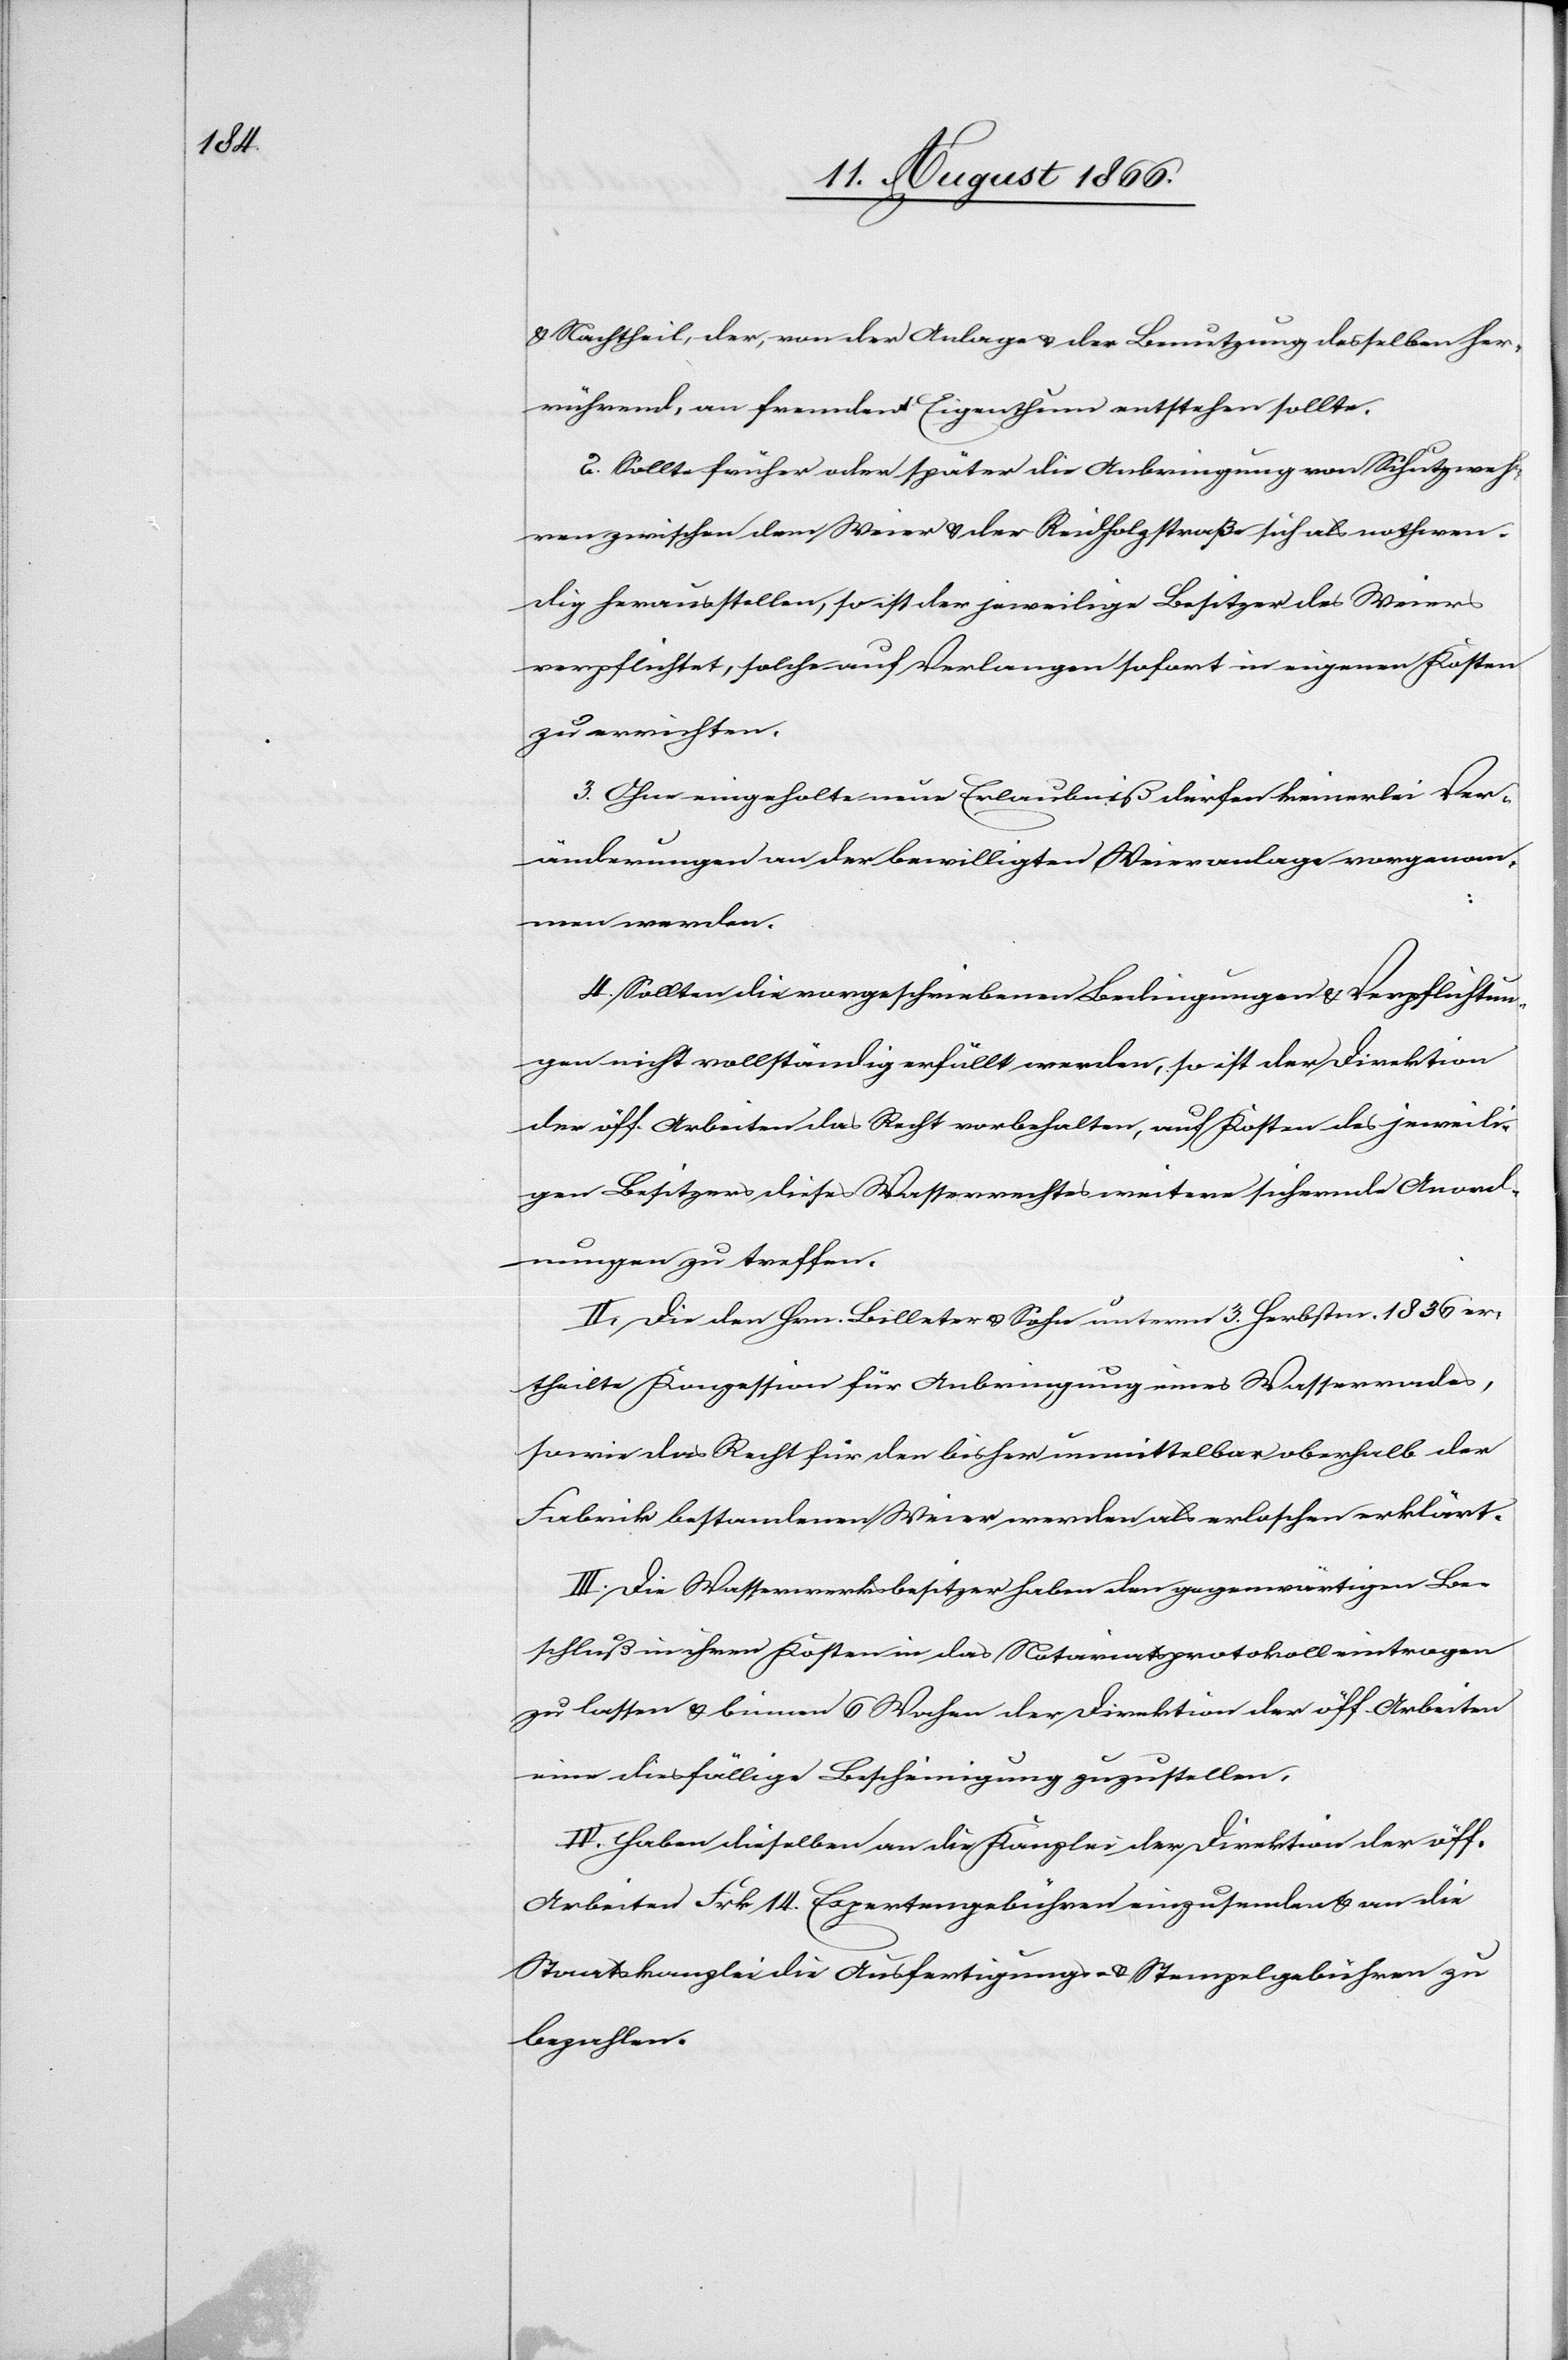
u. Nachtheil, der, von der Anlage u. der Benutzung desselben her¬
rühren, an fremdem Eigenthum entstehen sollte.
2. Sollte früher oder später die Anbringung von Schutzweh¬
ren zwischen dem Weier u. der Reidholzstraße sich als nothwen¬
dig herausstellen, so ist der jeweilige Besitzer des Weiers
verpflichtet, solche auf Verlangen sofort in eigenen Kosten
zu errichten.
3. Ohne eingeholte neue Erlaubniß dürfen keinerlei Ver¬
änderungen an der bewilligten Weieranlage vorgenom¬
men werden.
4. Sollten die vorgeschriebenen Bedingungen u. Verpflichtun¬
gen nicht vollständig erfüllt werden, so ist der Direktion
der öff. Arbeiten das Recht vorbehalten, auf Kosten des jeweili¬
gen Besitzers dieses Wasserrechtes weitere sichernde Anord¬
nungen zu treffen.
II. Die den Hrn. Billeter u. Sohn [sic!] unterm 3. Herbstm. 1836 er¬
theilte Konzession für Anbringung eines Wasserrades,
sowie das Recht für den bisher unmittelbar oberhalb der
Fabrik bestehenden Weier werden als erloschen erklärt.
III. Die Wasserwerksbesitzer haben den gegenwärtigen Be¬
schluß in ihren Kosten in das Notariatsprotokoll eintragen
zu lassen u. binnen 6 Wochen der Direktion der öff. Arbeiten
eine diesfällige Bescheinigung zuzustellen.
IV. Haben dieselben an die Kanzlei der Direktion der öff.
Arbeiten Frk. 14. Expertengebühren einzusenden u. an die
Staatskanzlei die Ausfertigungs u. Stempelgebühren zu
bezahlen.